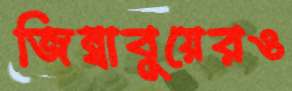
জিম্বাবুয়েরও